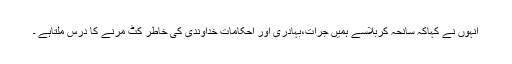
انہوں نے کہاکہ سانحہ کربلاسے ہمیں جرات،بہادری اور احکامات خداوندی کی خاطر کٹ مرنے کا درس ملتاہے ۔